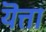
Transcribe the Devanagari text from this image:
यॆत्ता